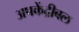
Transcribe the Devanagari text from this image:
अपकेंद्रीबल